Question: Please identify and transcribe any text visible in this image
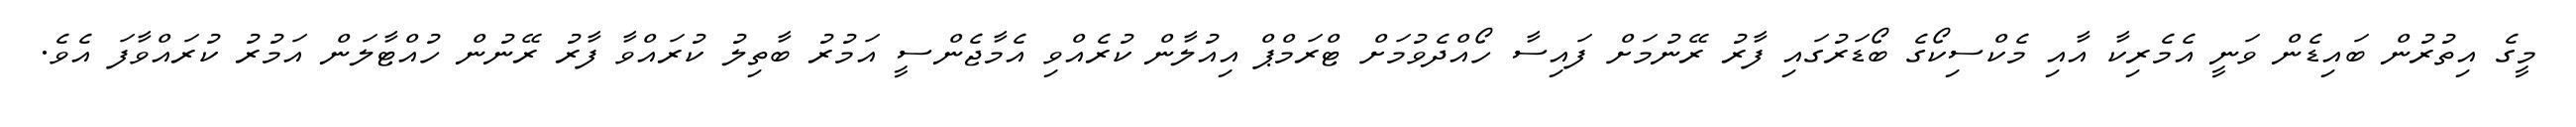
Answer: މީގެ އިތުރުން ބައިޑެން ވަނީ އެމެރިކާ އާއި މެކްސިކޯގެ ބޯޑަރުގައި ފާރު ރޭނުމަށް ފައިސާ ހޯއްދެވުމަށް ޓްރަމްޕް އިއުލާން ކުރެއްވި އެމާޖެންސީ އަމުރު ބާތިލު ކުރައްވާ ފާރު ރޭނުން ހުއްޓާލަން އަމުރު ކުރައްވާފަ އެވެ.